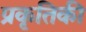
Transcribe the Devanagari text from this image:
प्रकृतिकी